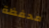
محفظة